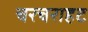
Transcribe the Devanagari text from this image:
चरचराहट